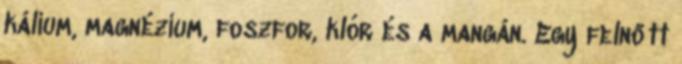
kálium, magnézium, foszfor, klór és a mangán. Egy felnőtt